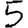
Digit: 5